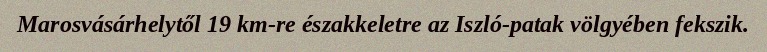
Marosvásárhelytől 19 km-re északkeletre az Iszló-patak völgyében fekszik.